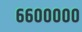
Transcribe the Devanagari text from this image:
६६०००००